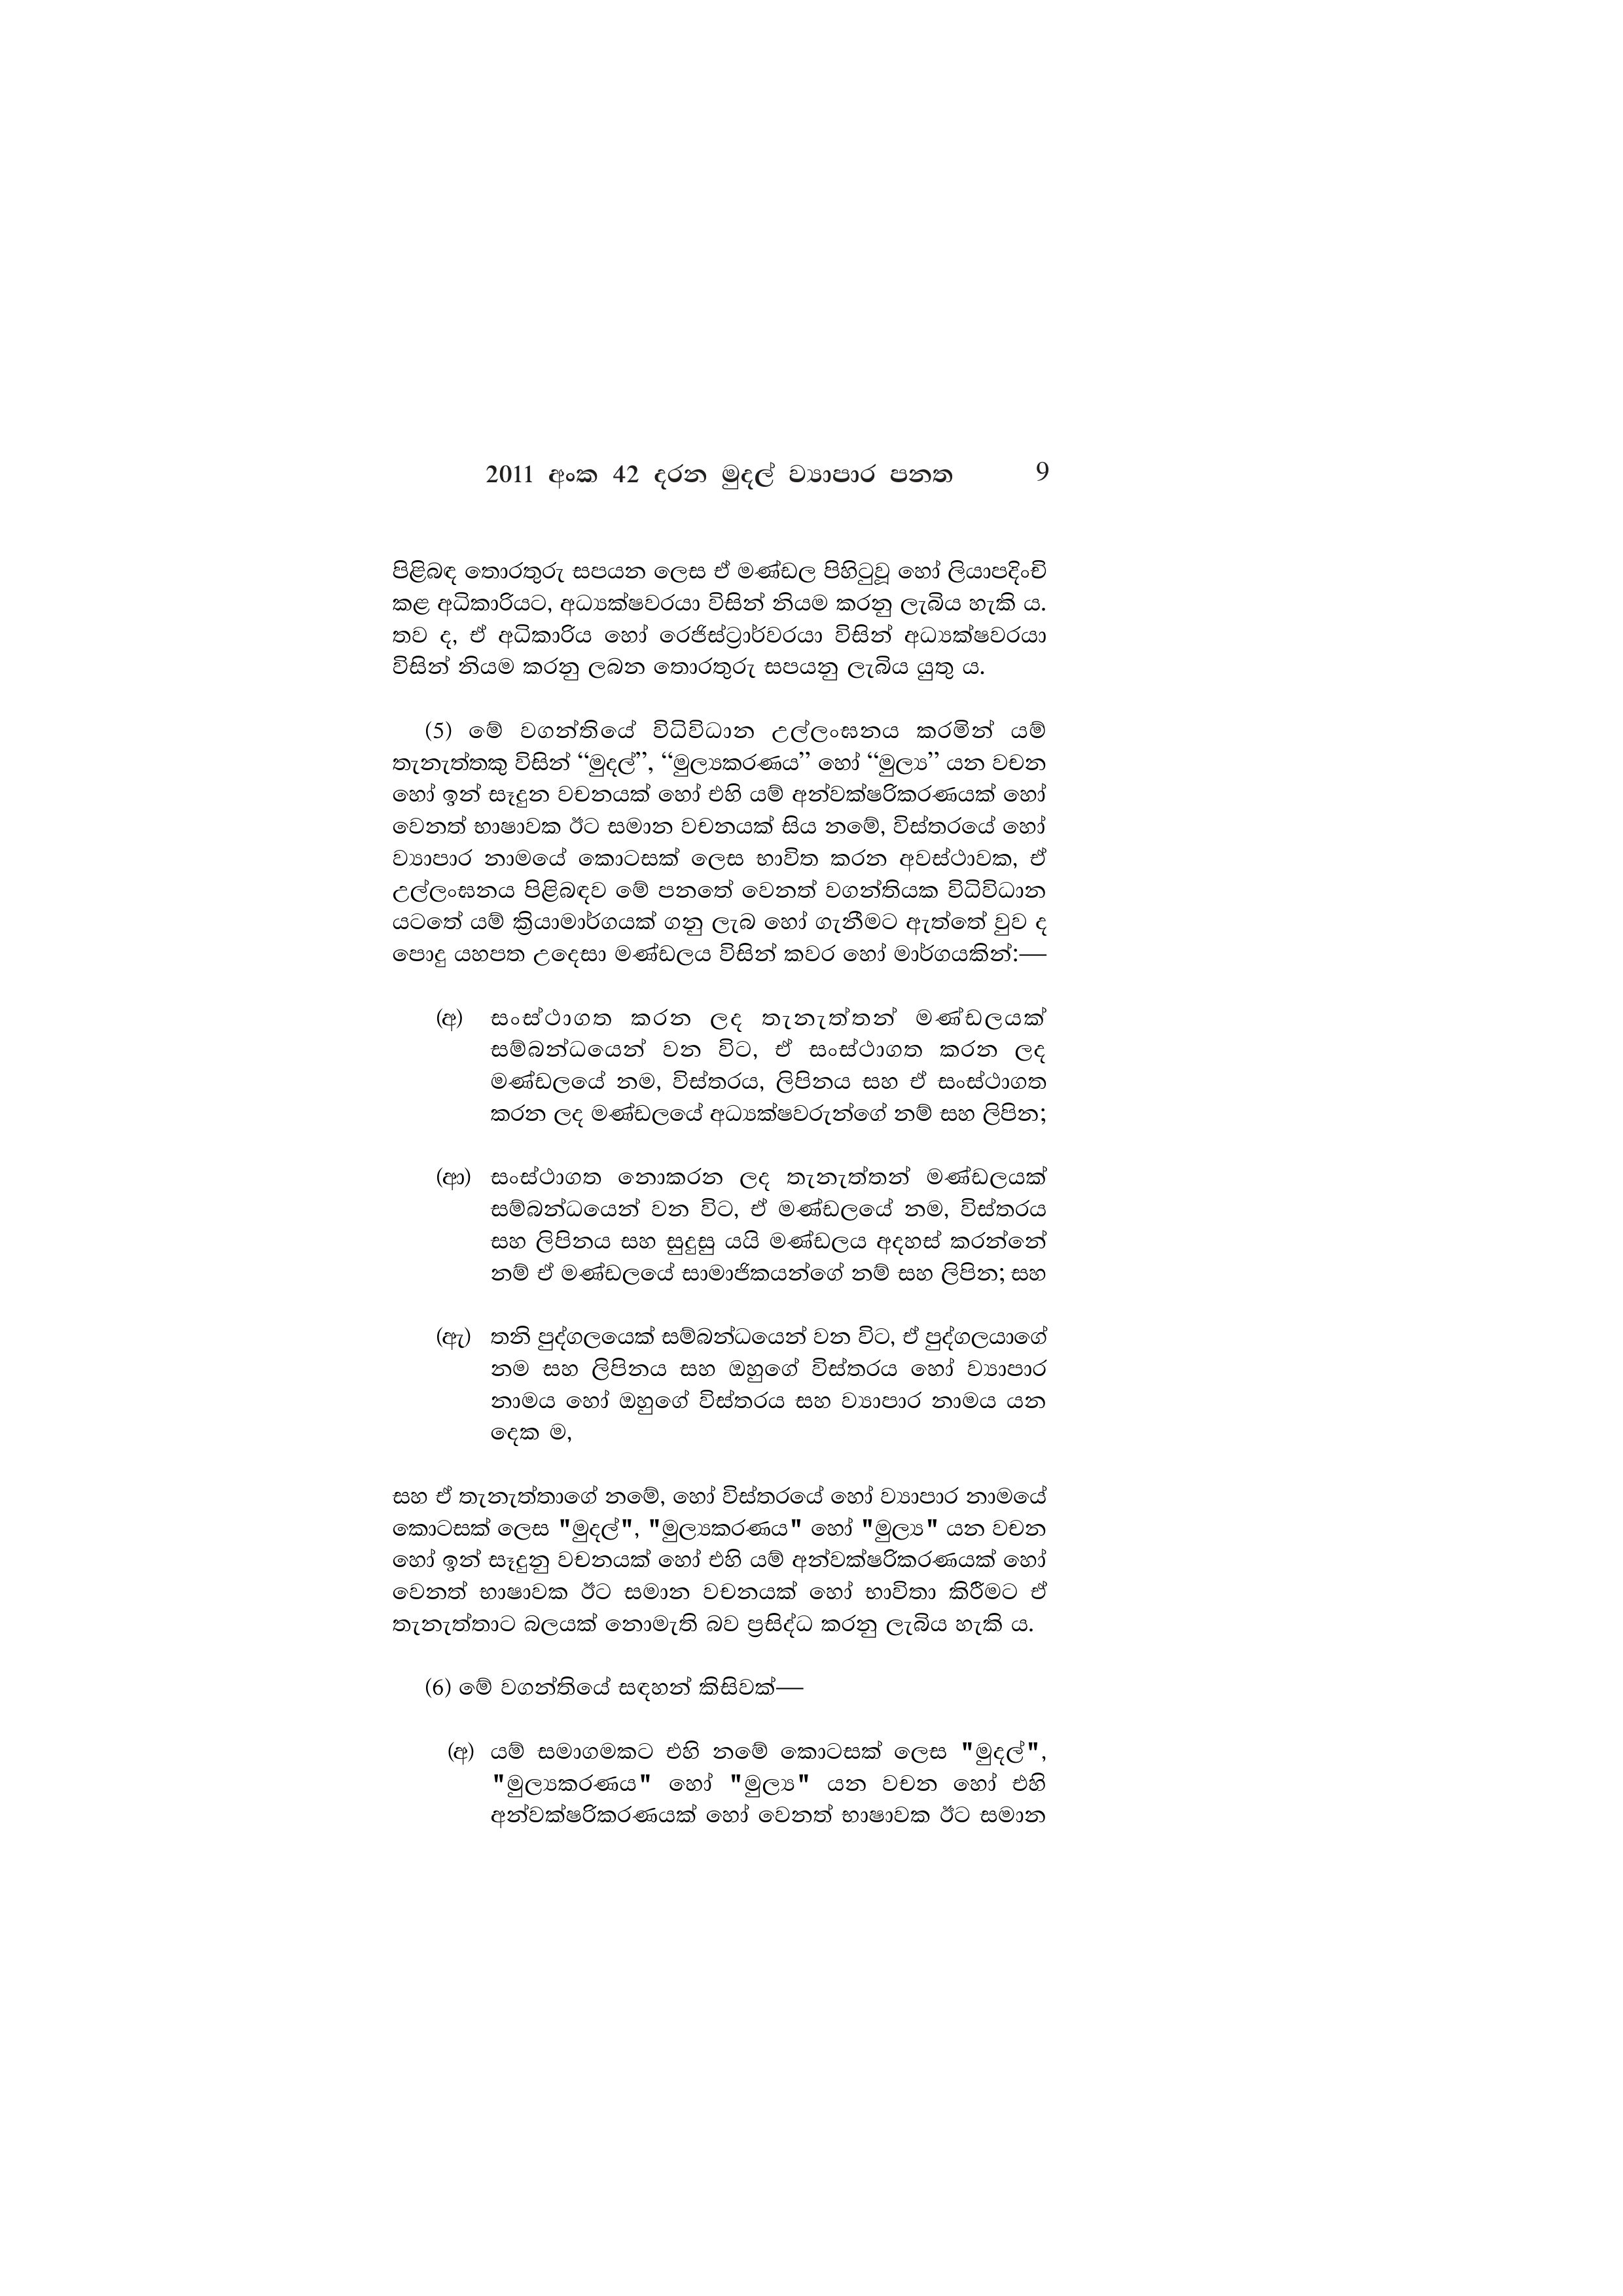
2011 අංක 42 දරන මුදල් ව්‍යාපාර පනත 9

පිළිබඳ තොරතුරු සපයන ලෙස ඒ මණ්ඩල පිහිටුවූ හෝ ලියාපදිංචි
කළ අධිකාරියට, අධ්‍යක්ෂවරයා විසින් නියම කරනු ලැබිය හැකි ය.
තව ද, ඒ අධිකාරිය හෝ රෙජිස්ට්‍රාර්වරයා විසින් අධ්‍යක්ෂවරයා
විසින් නියම කරනු ලබන තොරතුරු සපයනු ලැබිය යුතු ය.

(5) මේ වගන්තියේ විධිවිධාන උල්ලංඝනය කරමින් යම්
තැනැත්තකු විසින් “මුදල්”, “මුල්‍යකරණය” හෝ “මුල්‍ය” යන වචන
හෝ ඉන් සෑදුන වචනයක් හෝ එහි යම් අන්වක්ෂරිකරණයක් හෝ
වෙනත් භාෂාවක ඊට සමාන වචනයක් සිය නමේ, විස්තරයේ හෝ
ව්‍යාපාර නාමයේ කොටසක් ලෙස භාවිත කරන අවස්ථාවක, ඒ
උල්ලංඝනය පිළිබඳව මේ පනතේ වෙනත් වගන්තියක විධිවිධාන
යටතේ යම් ක්‍රියාමාර්ගයක් ගනු ලැබ හෝ ගැනීමට ඇත්තේ වුව ද
පොදු යහපත උදෙසා මණ්ඩලය විසින් කවර හෝ මාර්ගයකින්:–

(අ) සංස්ථාගත කරන ලද තැනැත්තන් මණ්ඩලයක්
සම්බන්ධයෙන් වන විට, ඒ සංස්ථාගත කරන ලද
මණ්ඩලයේ නම, විස්තරය, ලිපිනය සහ ඒ සංස්ථාගත
කරන ලද මණ්ඩලයේ අධ්‍යක්ෂවරුන්ගේ නම් සහ ලිපින;

(ආ) සංස්ථාගත නොකරන ලද තැනැත්තන් මණ්ඩලයක්
සම්බන්ධයෙන් වන විට, ඒ මණ්ඩලයේ නම, විස්තරය
සහ ලිපිනය සහ සුදුසු යයි මණ්ඩලය අදහස් කරන්නේ
නම් ඒ මණ්ඩලයේ සාමාජිකයන්ගේ නම් සහ ලිපින; සහ

(ඇ) තනි පුද්ගලයෙක් සම්බන්ධයෙන් වන විට, ඒ පුද්ගලයාගේ
නම සහ ලිපිනය සහ ඔහුගේ විස්තරය හෝ ව්‍යාපාර
නාමය හෝ ඔහුගේ විස්තරය සහ ව්‍යාපාර නාමය යන
දෙක ම,

සහ ඒ තැනැත්තාගේ නමේ, හෝ විස්තරයේ හෝ ව්‍යාපාර නාමයේ
කොටසක් ලෙස "මුදල්", "මුල්‍යකරණය" හෝ "මුල්‍ය" යන වචන
හෝ ඉන් සෑදුනු වචනයක් හෝ එහි යම් අන්වක්ෂරිකරණයක් හෝ
වෙනත් භාෂාවක ඊට සමාන වචනයක් හෝ භාවිතා කිරීමට ඒ
තැනැත්තාට බලයක් නොමැති බව ප්‍රසිද්ධ කරනු ලැබිය හැකි ය.

(6) මේ වගන්තියේ සඳහන් කිසිවක්—

(අ) යම් සමාගමකට එහි නමේ කොටසක් ලෙස "මුදල්",
"මුල්‍යකරණය" හෝ "මුල්‍ය" යන වචන හෝ එහි
අන්වක්ෂරිකරණයක් හෝ වෙනත් භාෂාවක ඊට සමාන